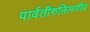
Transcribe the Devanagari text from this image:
पार्वतीरुक्तिमणीय